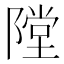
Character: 隚